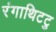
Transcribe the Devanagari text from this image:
रंगाथिटटु